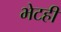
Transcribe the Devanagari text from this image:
भेटही